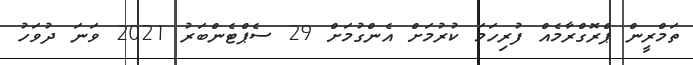
ތަމްރީން ޕްރޮގްރާމެއް ފުރިހަމަ ކުރުމަށް އެންގުމަށް 29 ސެޕްޓެންބަރު 2021 ވަނަ ދުވަހު